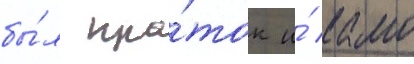
бы́л кра́ток и́ камо